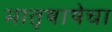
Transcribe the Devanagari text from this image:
मातृषाषेचा